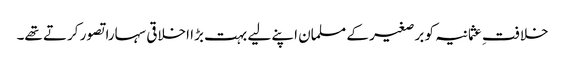
خلافتِ عثمانیہ کو برصغیر کے مسلمان اپنے لیے بہت بڑا اخلاقی سہارا تصور کرتے تھے۔